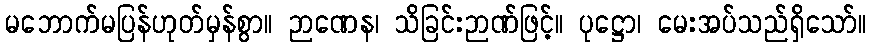
မဘောက်မပြန်ဟုတ်မှန်စွာ။ ဉာဏေန၊ သိခြင်းဉာဏ်ဖြင့်။ ပုဋ္ဌော၊ မေးအပ်သည်ရှိသော်။